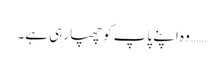
…… وہ اپنے پاپ کو چھپا رہی ہے۔